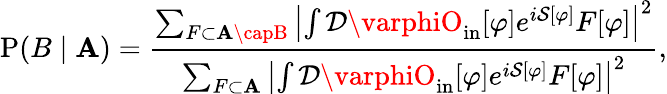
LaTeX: \operatorname{P}(B\mid\mathbf{A})={\frac{{\sum_{F\subset\mathbf{A}\capB}\left|\int{\mathcal{{D}}}\varphiO_{\mathrm{{in}}}[\varphi]e^{i{\mathcal{{S}}}[\varphi]}F[\varphi]\right|^{2}}}{{\sum_{F\subset\mathbf{A}}\left|\int{\mathcal{{D}}}\varphiO_{\mathrm{{in}}}[\varphi]e^{i{\mathcal{{S}}}[\varphi]}F[\varphi]\right|^{2}}}},